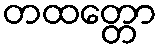
တထတ္တော